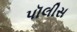
પૉલીસ